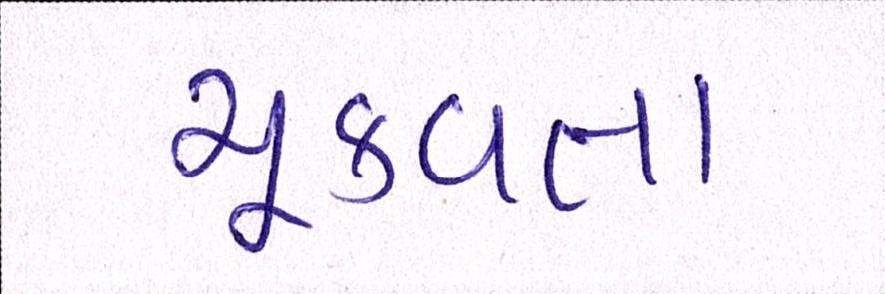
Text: ચૂકવતા